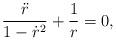
LaTeX: \begin{align*}\frac{\ddot{r}}{1-\dot{r}^2} + \frac{1}{r} = 0,\end{align*}